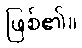
ဖြစ်၏။